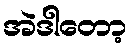
အဲဒါတော့